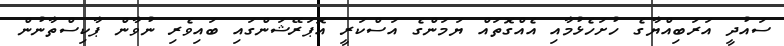
ސައުދީ އަރަބިއްޔާގެ ހުށަހެޅުމާއި އެއްގޮތައް ޔަމަންގެ އަސްކަރީ އޮޕަރޭޝަންގައި ބައިވެރި ނުވާން ޕާކިސްތާނުން